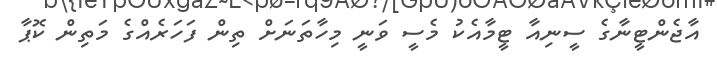
އާޖެންޓީނާގެ ސީނިއާ ޓީމާއެކު މެސީ ވަނީ މިހާތަނަށް ތިން ފަހަރެއްގެ މަތިން ކޮޕާ